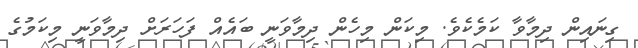
ގިނައިން ދިމާވާ ކަމެކެވެ. މިކަން މިހެން ދިމާވަނީ ބައެއް ފަހަރަށް ދިމާވަނީ މިކަމުގެ